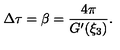
\Delta \tau = \beta = \frac { 4 \pi } { G ^ { \prime } ( \xi _ { 3 } ) } .